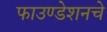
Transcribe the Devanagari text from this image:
फाउण्डेशनचे